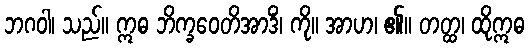
ဘဂဝါ၊ သည်။ ဣဓ ဘိက္ခဝေတိအာဒိံ၊ ကို။ အာဟ၊ ၏။ တတ္ထ၊ ထိုဣဓ